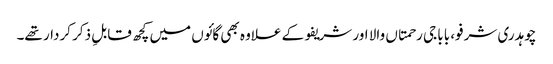
چوہدری شرفو، بابا جی رحمتاں والا اور شریفو کے علاوہ بھی گائوں میں کچھ قابلِ ذکر کردار تھے۔